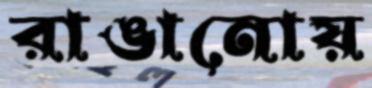
রাঙানোয়